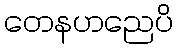
တေနဟညေပိ